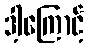
ဒါ့ကြောင့်